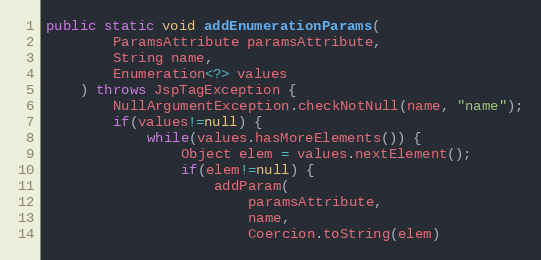
Language: Java
public static void addEnumerationParams(
		ParamsAttribute paramsAttribute,
		String name,
		Enumeration<?> values
	) throws JspTagException {
		NullArgumentException.checkNotNull(name, "name");
		if(values!=null) {
			while(values.hasMoreElements()) {
				Object elem = values.nextElement();
				if(elem!=null) {
					addParam(
						paramsAttribute,
						name,
						Coercion.toString(elem)